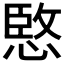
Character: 𫺮